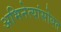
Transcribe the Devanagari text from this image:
अभिनेत्यांसोबत